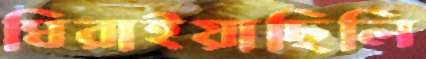
ঘিরাইয়াছিলি